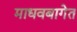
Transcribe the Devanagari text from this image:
माधवबागेत